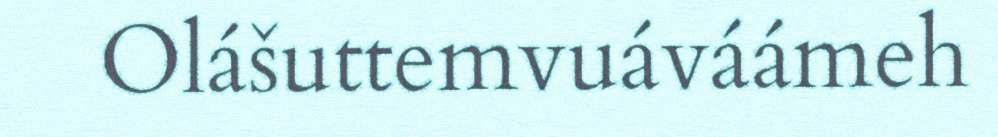
Olášuttemvuáváámeh